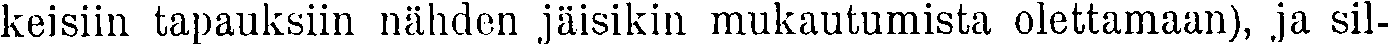
keisiin tapauksiin nähden jäisikin mukautumista olettamaan), ja sil-